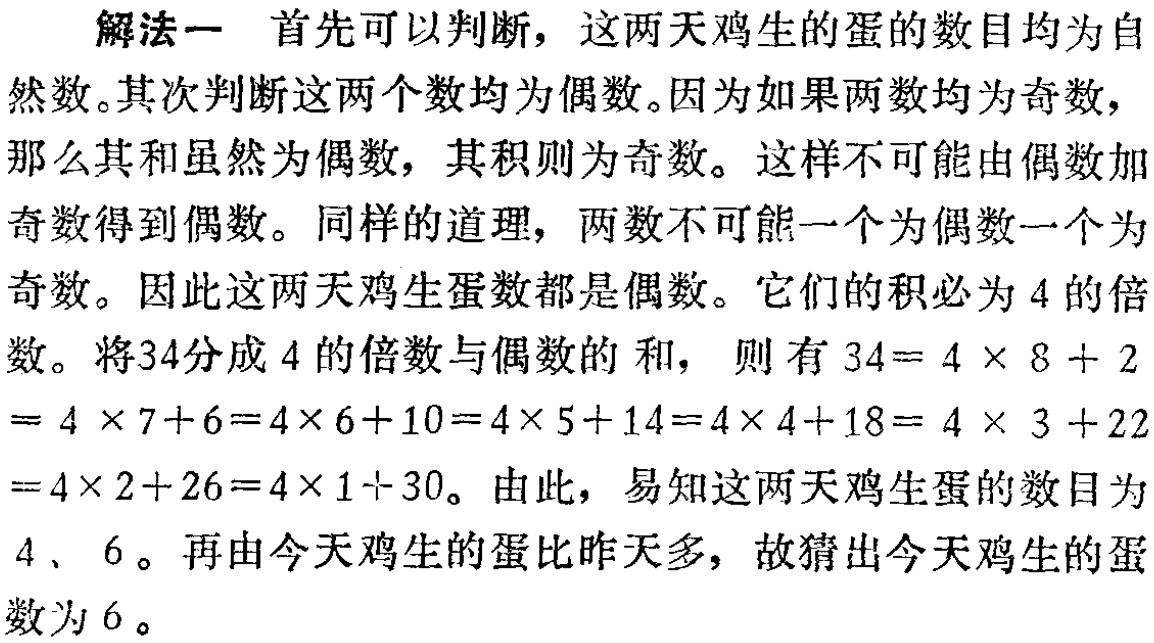
解法一 首先可以判断，这两天鸡生的蛋的数目均为自然数。其次判断这两个数均为偶数。因为如果两数均为奇数，那么其和虽然为偶数，其积则为奇数。这样不可能由偶数加奇数得到偶数。同样的道理，两数不可能一个为偶数一个为奇数。因此这两天鸡生蛋数都是偶数。它们的积必为4的倍数。将34分成4的倍数与偶数的和，则有\(34 = 4\times8 + 2= 4\times7 + 6 = 4\times6 + 10 = 4\times5 + 14 = 4\times4 + 18 = 4\times3 + 22= 4\times2 + 26 = 4\times1 + 30\)。由此，易知这两天鸡生蛋的数目为4、6。再由今天鸡生的蛋比昨天多，故猜出今天鸡生的蛋数为6。